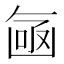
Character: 𠚗